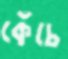
কেঁচে